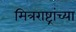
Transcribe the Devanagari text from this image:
मित्रराष्ट्रांच्या